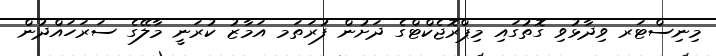
މިނިސްޓަރ ވިދާޅުވި ގޮތުގައި މިޕްރޮޖެކްޓްގެ ދަށުން ފުރަތަމ އަމާޒު ކުރަނީ މާލޭގެ ސަރަހައްދުން